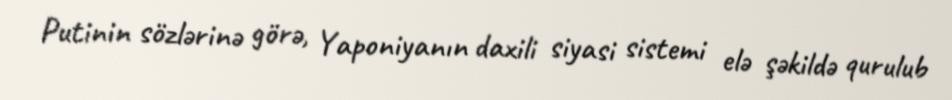
Putinin sözlərinə görə, Yaponiyanın daxili siyasi sistemi elə şəkildə qurulub